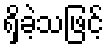
ရှိခဲ့သဖြင့်